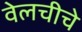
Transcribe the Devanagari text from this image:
वेलचीचे